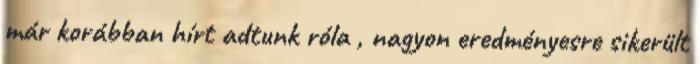
már korábban hírt adtunk róla , nagyon eredményesre sikerült